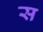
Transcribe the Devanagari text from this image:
स